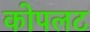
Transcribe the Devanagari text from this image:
कोपलट